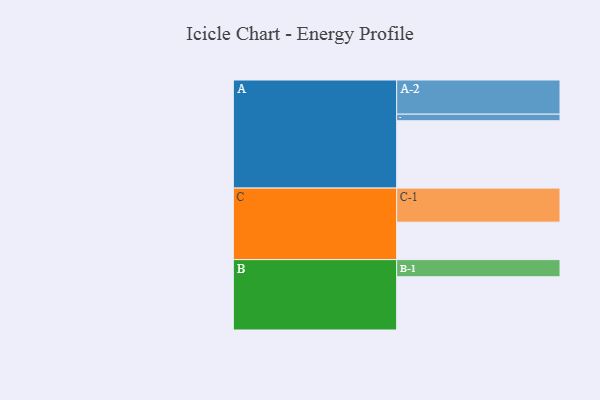
{"axis": {"x": "Segment", "y": "Value"}, "legend": ["", "A", "B", "C"], "data": [{"x": "A", "y": 554, "type": ""}, {"x": "B", "y": 438, "type": ""}, {"x": "C", "y": 308, "type": ""}, {"x": "A-1", "y": 54, "type": "A"}, {"x": "A-2", "y": 281, "type": "A"}, {"x": "B-1", "y": 141, "type": "B"}, {"x": "C-1", "y": 280, "type": "C"}]}